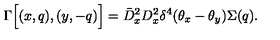
\Gamma \Big [ ( x , q ) , ( y , - q ) \Big ] = \bar { D } _ { x } ^ { 2 } D _ { x } ^ { 2 } \delta ^ { 4 } ( \theta _ { x } - \theta _ { y } ) \Sigma ( q ) .